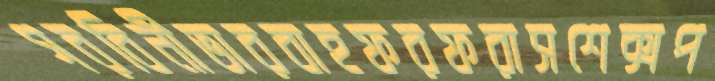
গরবিনীভারবাহফরফরাসশেক্সপ